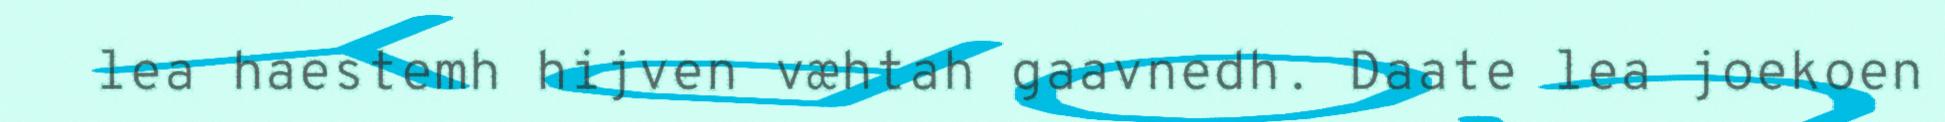
lea haestemh hijven væhtah gaavnedh. Daate lea joekoen